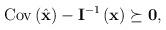
LaTeX: \begin{align*}\begin{aligned}\operatorname{Cov}\left(\hat{\textbf{x}}\right)-\textbf{I}^{-1}\left(\textbf{x}\right) \succeq \textbf{0},\end{aligned}\end{align*}